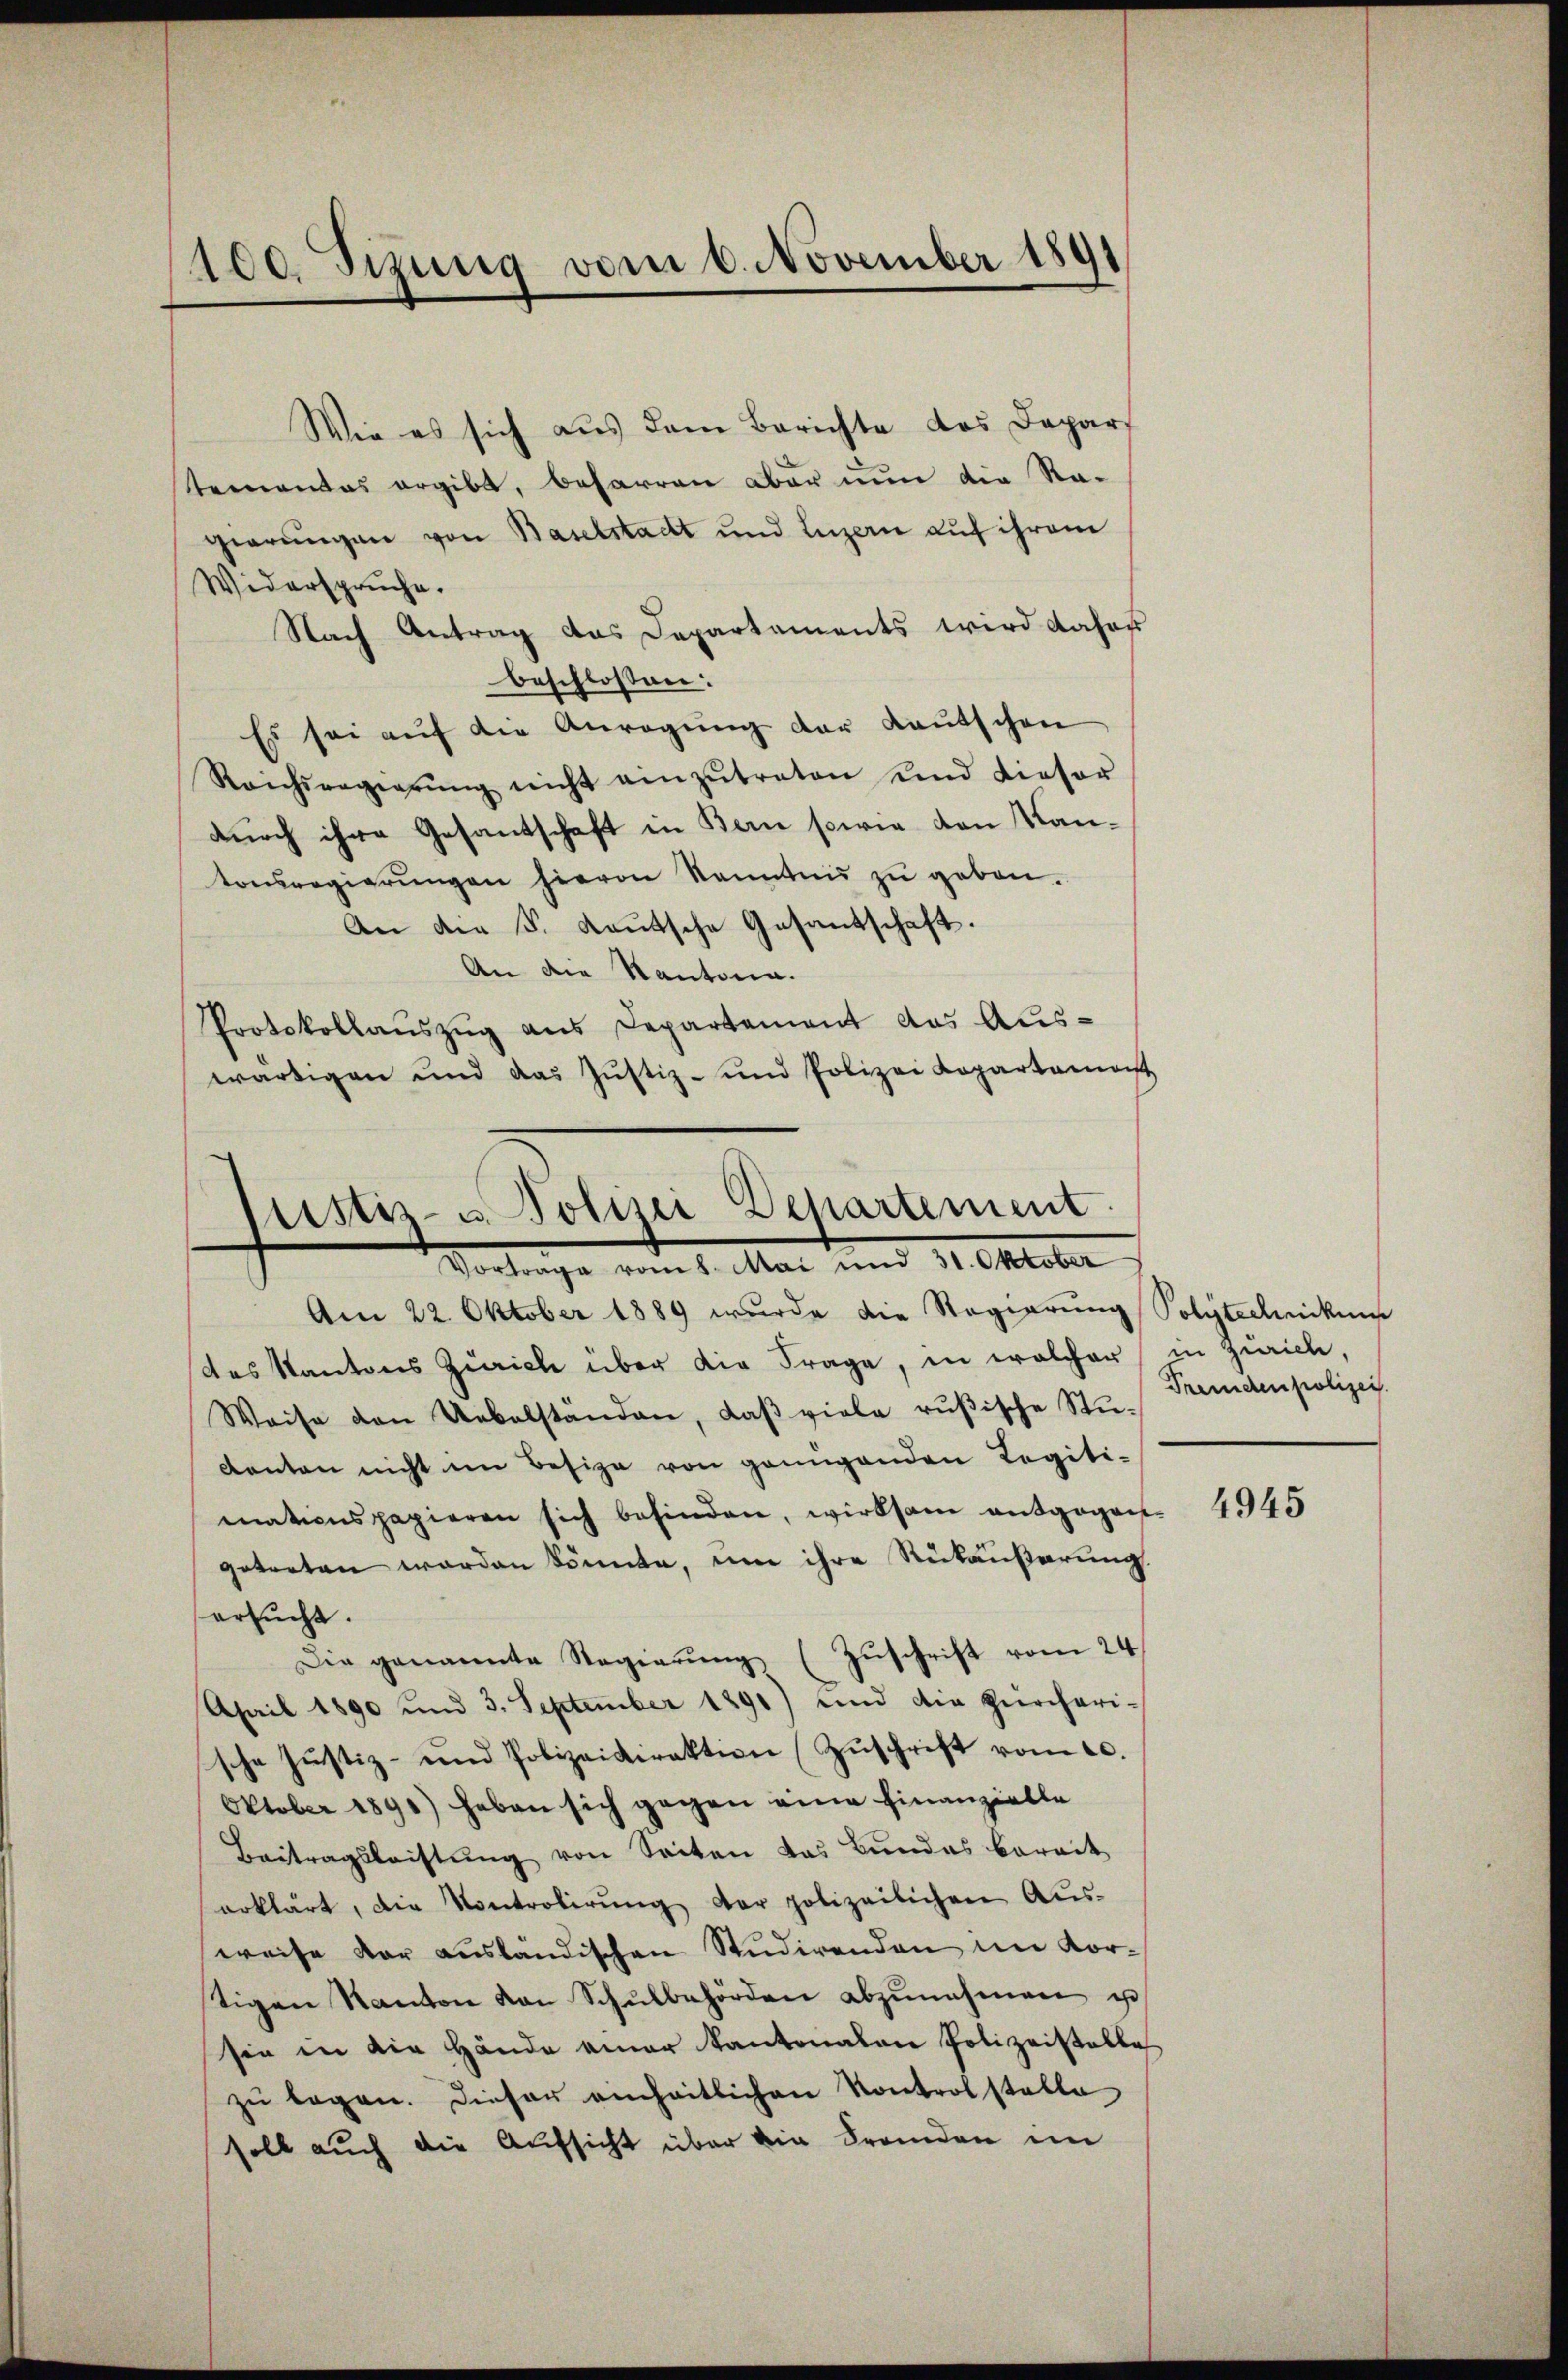
100 Sizung vom 6. November 1891

Wie es sich aus dem Berichte das Depart
Semantas ergibt, beharren aber nun die Ragierungen von Baselstadt und Luzern auf ihrem
Widerspruche.
Nach Antrag das Departements wird daher
beschlossen:
Es sei aŭf die Anregŭng der Kautschen
Reichsregierŭng nicht einzŭtreten und dieser
durch ihre Gesantschaft in Bern sowie den Kantonsregierŭngen hievon kanntnis zŭ geben.
An die S. Laŭtsche Gesantschaft.
An die Kantonia.
Protokollaŭszŭg ans Departement das Aus-
wärtigen und das Justiz- und Polizei Kopartemonst

Ristis- u Polizei Departement
Vortrage vom 8. Mai und 31. Oktober

Am 22. Oktober 1889 wurde die Regierung Polytechnickung
des Kantons Zürich über die Frage, in welcher
Weise den Uebelstanden, daβ viele rŭβische Stŭ-
Kanton nicht im Besize von genügenden Legiti-
mationspapieren sich befinden, wirksam entgegent-
getreten worden könnte, um ihre Rückäußerung.
ersŭcht.
Die genannte Regierŭng (Zŭschrift vom 24.
April 1890 und 3. September 1891) und die Zürcheri-
sche Justiz- und Polizeidirektion Zuschrift vom 20.
Oktober 1891) haben sich gegen eine Finanzielle
Beitragsleistŭng von Seiten das Bundes bereit
erklärt, die Kontrolirŭng der polizeilichen Aŭs-
weise dar ausländischen Studirenden im Kortigen Kanton von Schŭlbehörden abzŭnehmen u
sie in die Hände einer Kantonalen Polizeistalle
zu legen. Dieser einheitlichen Kontrolstelle
soll auch die Aufsicht über die Fremden im

in Zürich,
Fremdenpolizei.

4945